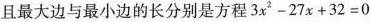
且最大边与最小边的长分别是方程$$3 x^{2} - 2 7 x + 3 2 = 0$$